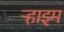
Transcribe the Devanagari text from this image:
ऱ्हाइम